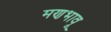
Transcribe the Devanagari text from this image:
मणभावू